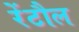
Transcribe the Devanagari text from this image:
रेंटौल